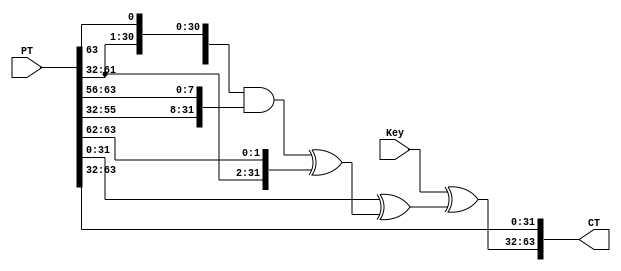
module simonRound(PT, Key, CT);

    parameter WIDTH = 32;
    output wire [0:(2*WIDTH)-1] CT;
    input [0:(2*WIDTH)-1] PT;
    input [0:WIDTH-1] Key;

    wire [0:WIDTH-1] PT1, PT2, CT1;
    wire [0:WIDTH-1] lShift1, lShift8, lShift2, andVal, xor1, xor2;   

    assign PT1 = PT[0:WIDTH-1];
    assign PT2 = PT[WIDTH:(2*WIDTH)-1];

    assign lShift1 = {PT1[1:WIDTH-1], PT1[0]};
    assign lShift8 = {PT1[8:WIDTH-1], PT1[0:7]};
    assign lShift2 = {PT1[2:WIDTH-1], PT1[0:1]};

    assign andVal = lShift1 & lShift8;
    assign xor1 = andVal ^ lShift2;
    assign xor2 = PT2 ^ xor1;
    assign CT1 = Key ^ xor2;
    assign CT = {CT1, PT1};

endmodule